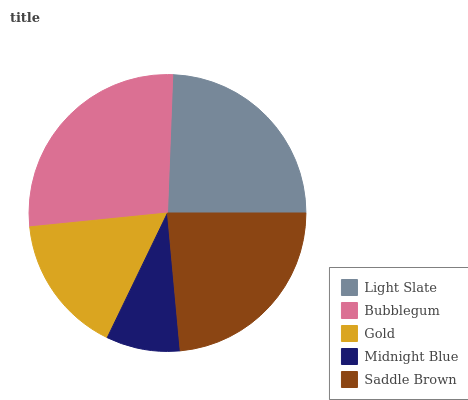
| Light Slate | Bubblegum | Gold | Midnight Blue | Saddle Brown |
 | --- | --- | --- | --- | --- |
 | 24.4% | 27.2% | 16.2% | 8.63% | 23.6% |